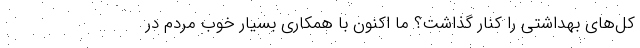
کل‌های بهداشتی را کنار گذاشت؟ ما اکنون با همکاری بسیار خوب مردم در